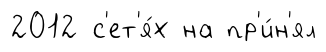
2012 с'ет'я́х на пр'и́н'ял